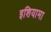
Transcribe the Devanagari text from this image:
इशियामा